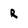
Character: R